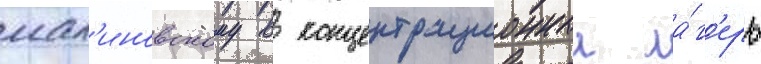
мал'иновскому в концентрационныи ла́г'ерь